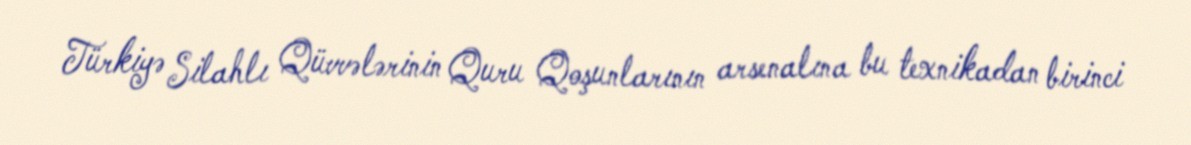
Türkiyə Silahlı Qüvvələrinin Quru Qoşunlarının arsenalına bu texnikadan birinci